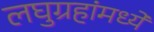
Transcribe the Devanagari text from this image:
लघुग्रहांमध्ये